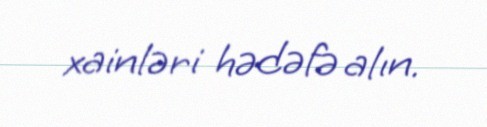
xainləri hədəfə alın.